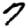
Digit: 7